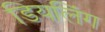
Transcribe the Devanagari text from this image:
डियलिंग